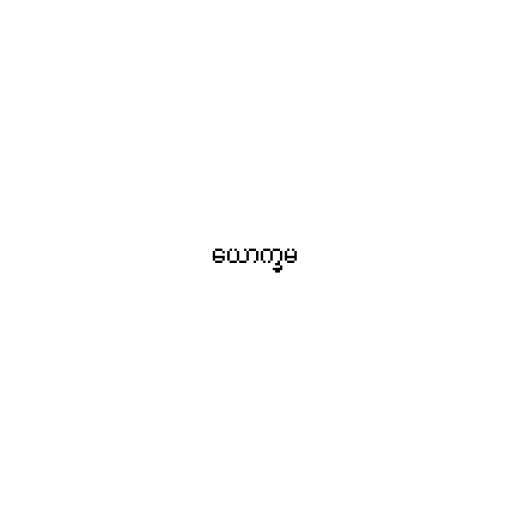
ယောက္ခမ